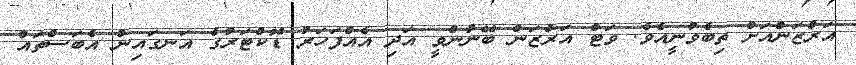
އަރްޒަންއަށް ތިބެވުނީއެވެ. ވަޓް އަރްޒަން ބޭނުންވީ އަދި އެއްފަހަރު ޑޮކްޓަރުގެ އަނގައިން އެބަސްތައް